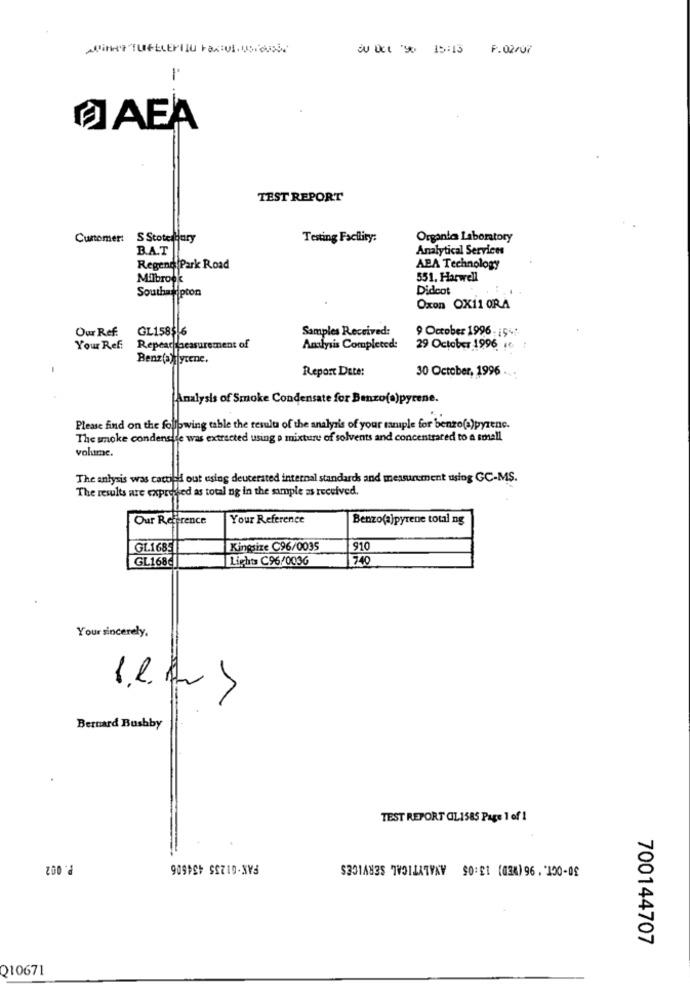
¿ Uct '90 15:13
P.02/07
1
O AEA
TEST REPORT
Customer: S Stote Hury
Testing Facility:
Organia Laboratory
B.A.T
Analytical Services
Regeng Park Road
ABA Technology
Milbrook
551, Harwell
Southallipton
Didcot
Oxon OX11 ORA
Our Ref:
GL158516
Samples Received:
9 October 1996. 154:
Your Ref:
Repear beasurement of
Analysis Completed:
29 October 1996 .
Benz(a)ffycene,
Report Date:
30 October, 1996
Analysis of Smoke Condensate for Benzo(a)pyrene.
Please find on the following table the result of the analysis of your sample for benzo(a)pyrenc.
The smoke condensile was extracted using a mixture of solvents and concentrared to a small
volume.
The anlysis was cattied out using deuterated internal standards and measurement using GC-MS.
The results are expressed as total ng in the sample as received.
Our Reference
Your Reference
Benzo(a)pyrene total ng
GL.16851
Kingsize C96/0035
910
GL1686
Lights C96/0036
740
Your sincerely,
Bernard Bushby
TEST REPORT CL1585 Page 1 of 1
P. 002
FAX-G1235 434606
30-OCT. ' 96(MED) 13:05 ANALYTICAL SERVICES
700144707
Q10671